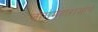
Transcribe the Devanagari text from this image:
जोगमहाराजांचे